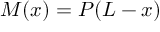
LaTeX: M ( x ) = P ( L - x )